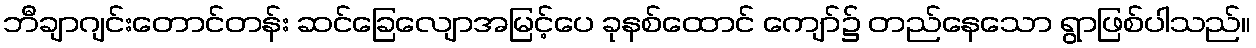
ဘီချာဂျင်းတောင်တန်း ဆင်ခြေလျောအမြင့်ပေ ခုနစ်ထောင် ကျော်၌ တည်နေသော ရွာဖြစ်ပါသည်။